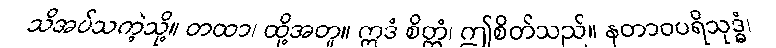
သိအပ်သကဲ့သို့။ တထာ၊ ထို့အတူ။ ဣဒံ စိတ္တံ၊ ဤစိတ်သည်။ နတာဝပရိသုဒ္ဓံ၊